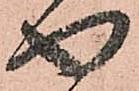
や